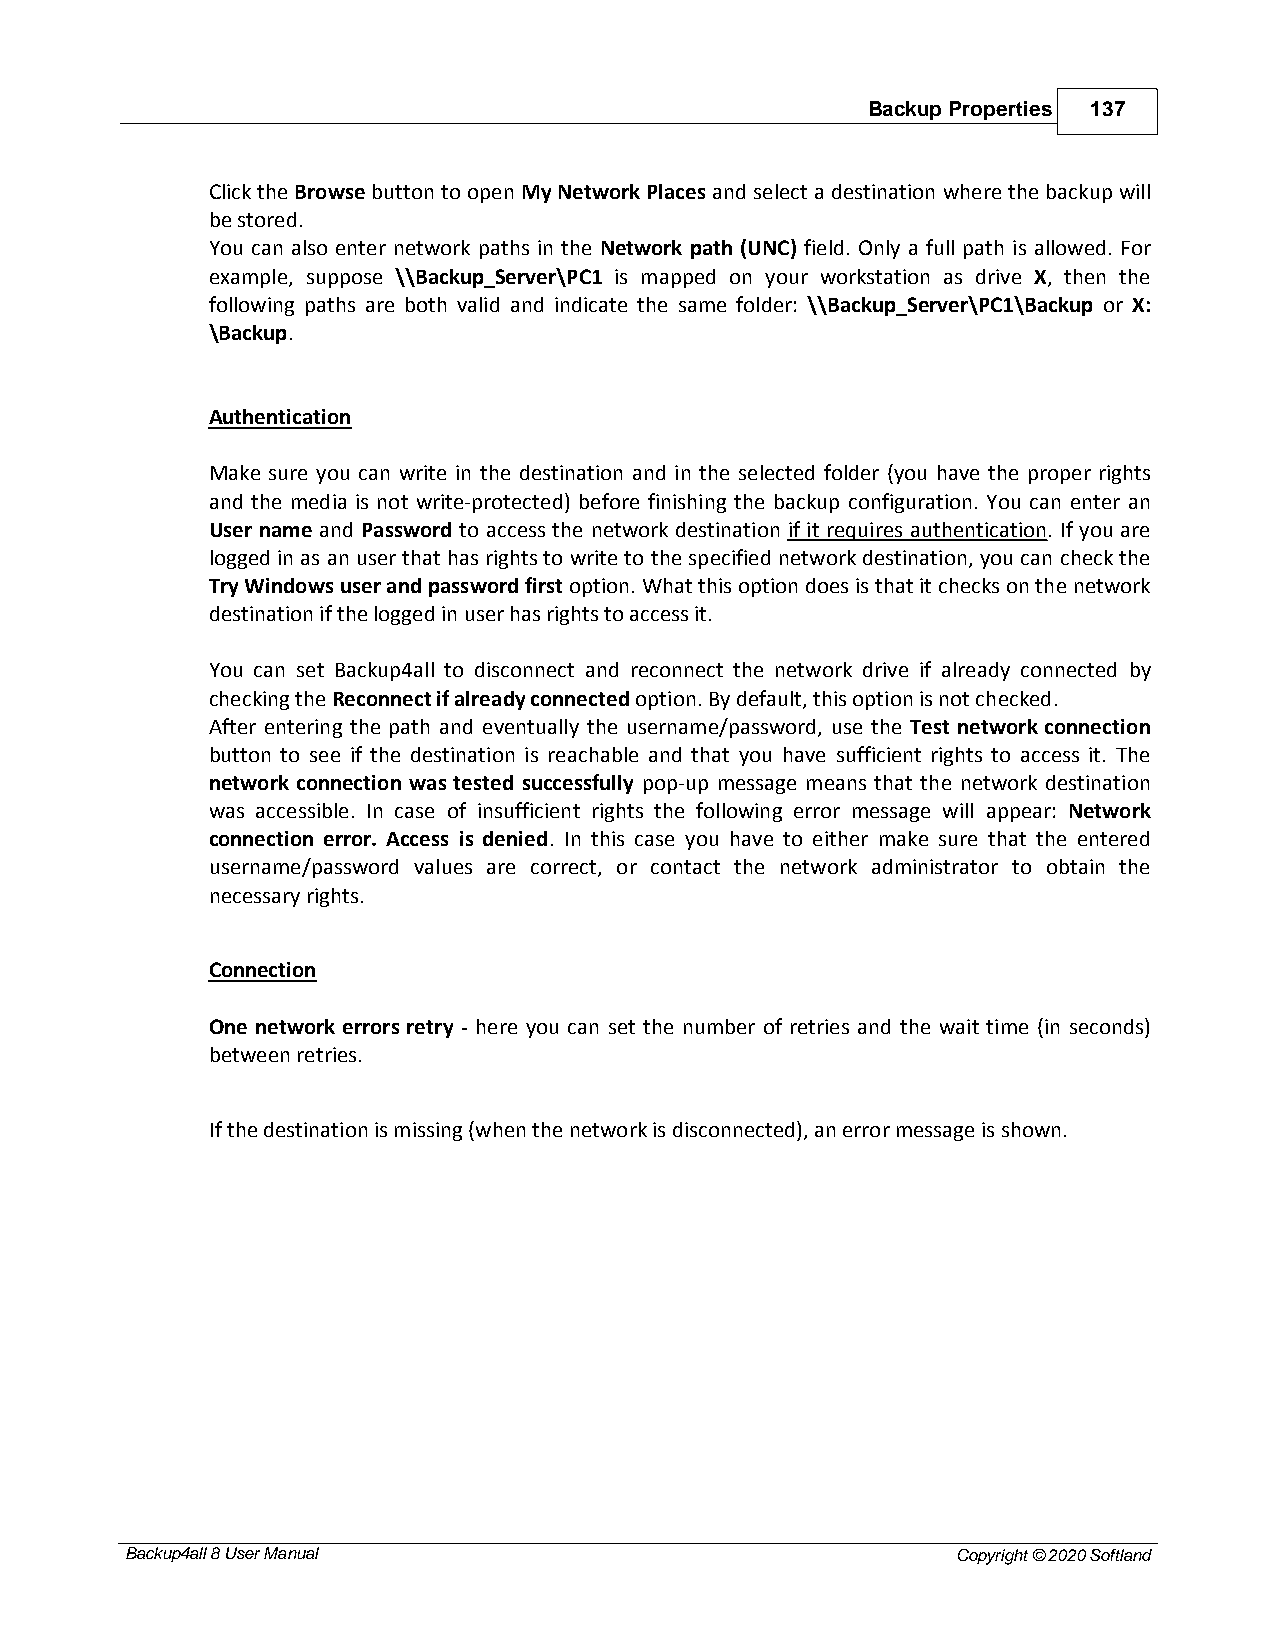
Backup Properties 137
 Click the Browse button to open My Network Places and select a destination where the backup will
 be stored.
 You can also enter network paths in the Network path (UNC) field. Only a full path is allowed. For
 example, suppose \\Backup_Server\PC1 is mapped on your workstation as drive X, then the
 following paths are both valid and indicate the same folder: \\Backup_Server\PC1\Backup or X:
 \Backup.
 Authentication
 Make sure you can write in the destination and in the selected folder (you have the proper rights
 and the media is not write-protected) before finishing the backup configuration. You can enter an
 User name and Password to access the network destination if it requires authentication. If you are
 logged in as an user that has rights to write to the specified network destination, you can check the
 Try Windows user and password first option. What this option does is that it checks on the network
 destination if the logged in user has rights to access it.
 You can set Backup4all to disconnect and reconnect the network drive if already connected by
 checking the Reconnect if already connected option. By default, this option is not checked.
 After entering the path and eventually the username/password, use the Test network connection
 button to see if the destination is reachable and that you have sufficient rights to access it. The
 network connection was tested successfully pop-up message means that the network destination
 was accessible. In case of insufficient rights the following error message will appear: Network
 connection error. Access is denied. In this case you have to either make sure that the entered
 username/password values are correct, or contact the network administrator to obtain the
 necessary rights.
 Connection
 One network errors retry - here you can set the number of retries and the wait time (in seconds)
 between retries.
 If the destination is missing (when the network is disconnected), an error message is shown.
 Backup4all 8 User Manual                               Copyright © 2020 Softland